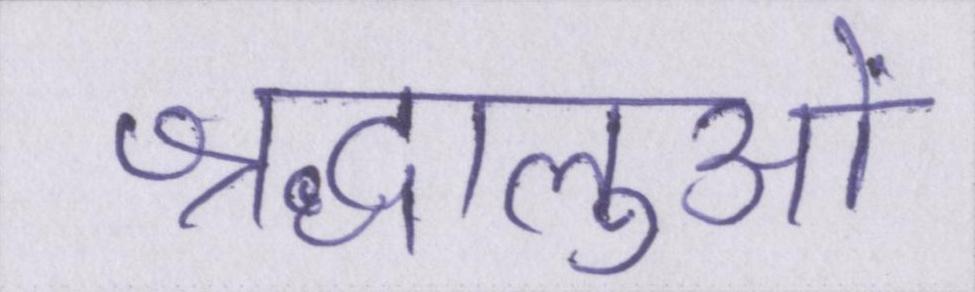
श्रद्धालुओं